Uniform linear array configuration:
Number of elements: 8
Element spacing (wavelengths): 1
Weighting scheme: kaiser
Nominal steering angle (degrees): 45
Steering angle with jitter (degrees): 46.44
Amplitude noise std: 0.05
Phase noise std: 0.05

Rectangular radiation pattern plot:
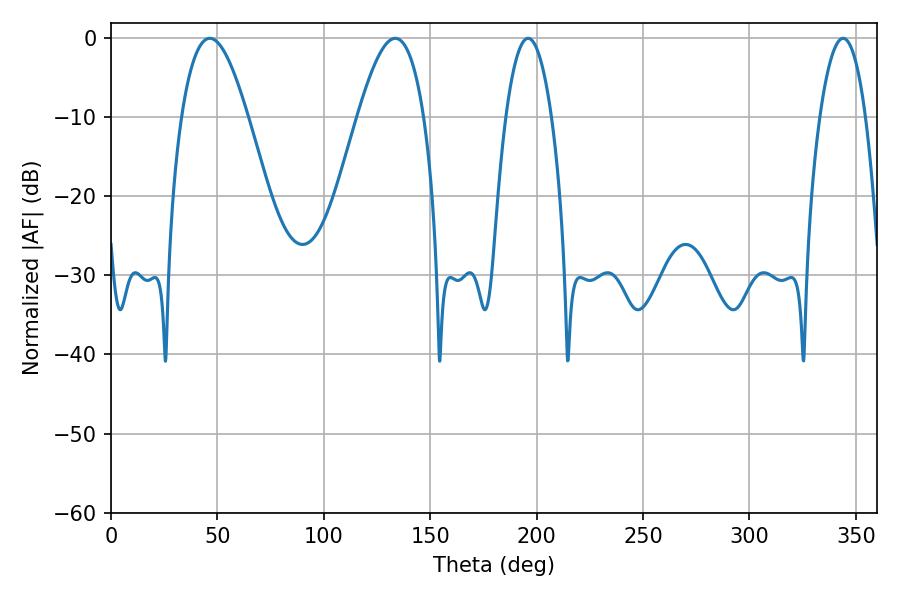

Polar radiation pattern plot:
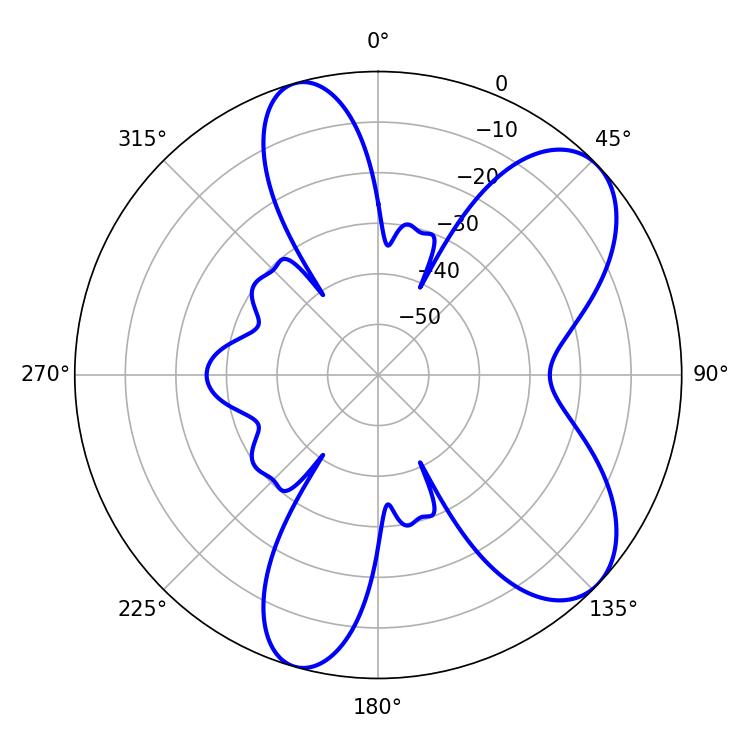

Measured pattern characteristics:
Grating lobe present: TRUE
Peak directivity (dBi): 7.584
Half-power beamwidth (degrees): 16.92
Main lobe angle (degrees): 46.44